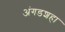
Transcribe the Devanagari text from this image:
अंगडशहा